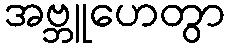
အဗ္ဘူဟေတွာ